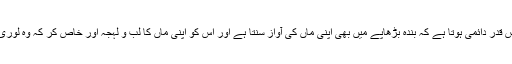
لوری کا اثر اس قدر دائمی ہوتا ہے کہ بندہ بڑھاپے میں بھی اپنی ماں کی آواز سنتا ہے اور اس کو اپنی ماں کا لب و لہجہ اور خاص کر کہ وہ لوری یاد رہتی ہے۔